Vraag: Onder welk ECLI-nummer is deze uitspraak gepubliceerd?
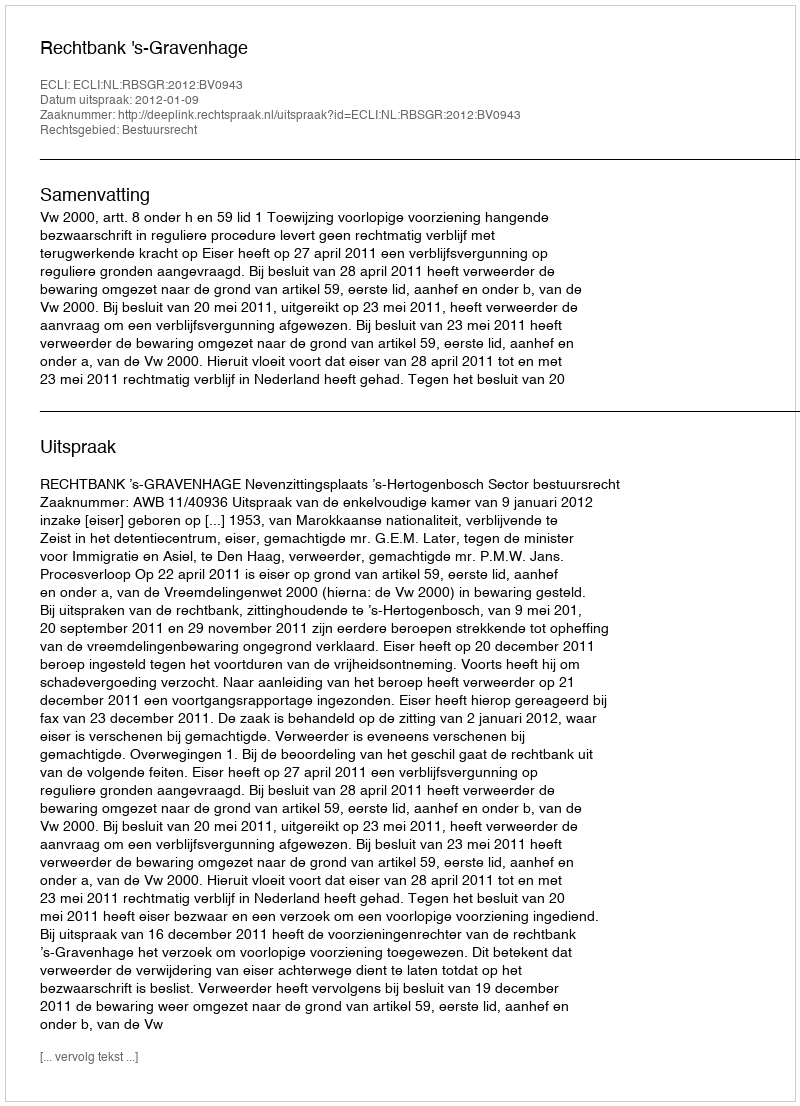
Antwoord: ECLI:NL:RBSGR:2012:BV0943